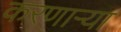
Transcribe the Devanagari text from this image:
करणार्‍या